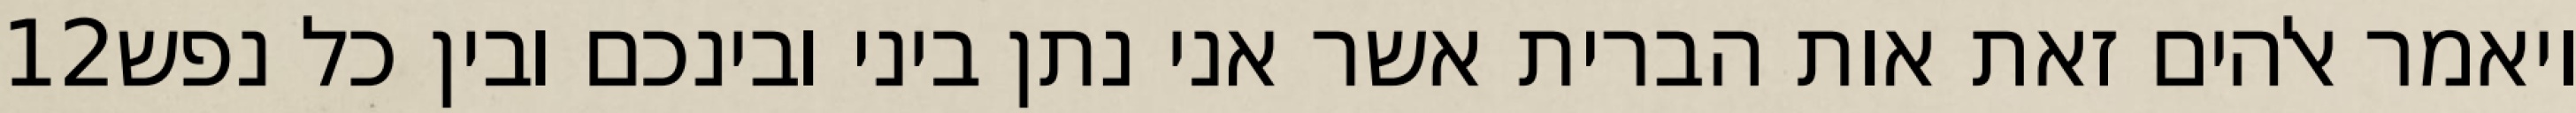
‎12‏ ויאמר אלהים זאת אות הברית אשר אני נתן ביני ובינכם ובין כל נפש